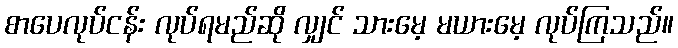
စာပေလုပ်ငန်း လုပ်ရမည်ဆို လျှင် သားမေ့ မယားမေ့ လုပ်ကြသည်။